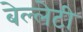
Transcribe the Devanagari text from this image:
बेल्लेटी